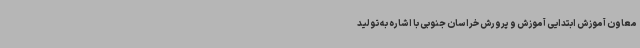
معاون آموزش ابتدایی آموزش و پرورش خراسان جنوبی با اشاره به تولید